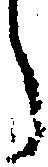
う